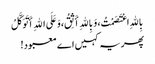
بِاللهِ اعْتَصَمْتُ، وَبِاللهِ أَثِقُ، وَعَلَی اللهِ أَتَوَکَّلُ
پھر یہ کہیں اے معبود!